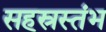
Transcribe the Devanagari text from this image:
सहस्रस्तंभ